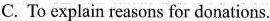
C. To explain reasons for donations.